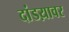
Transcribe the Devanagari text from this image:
दांडय़ावर